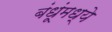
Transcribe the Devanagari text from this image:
बंधूंमध्ये